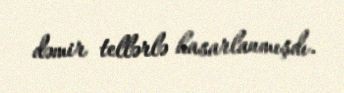
dəmir tellərlə hasarlanmışdı.